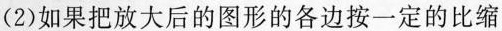
(2)如果把放大后的图形的各边按一定的比缩